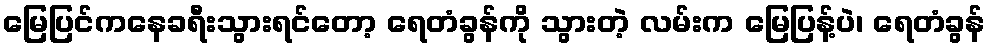
မြေပြင်ကနေခရီးသွားရင်တော့ ရေတံခွန်ကို သွားတဲ့ လမ်းက မြေပြန့်ပဲ၊ ရေတံခွန်